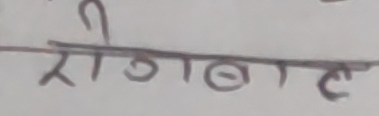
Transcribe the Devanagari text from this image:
रोगबत